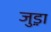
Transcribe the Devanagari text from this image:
जुड़़ा